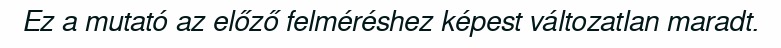
Ez a mutató az előző felméréshez képest változatlan maradt.